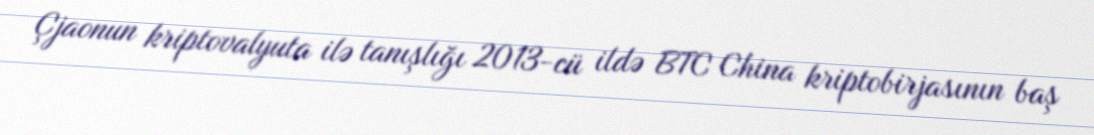
Çjaonun kriptovalyuta ilə tanışlığı 2013-cü ildə BTC China kriptobirjasının baş